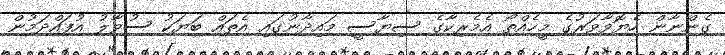
ގެންނާން ހެޔޮވާވަރުގެ މީހެއްތޯ އެމެރިކާގެ ސިޔާސީ މައިދާނުގައި އެތައް ބަޔަކު ސުވާލު އުފައްދަމުން